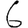
Digit: 6